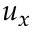
u _ { x }